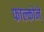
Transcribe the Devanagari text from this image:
फाल्कोने